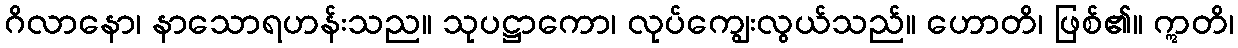
ဂိလာနော၊ နာသောရဟန်းသည။ သုပဋ္ဌာကော၊ လုပ်ကျွေးလွယ်သည်။ ဟောတိ၊ ဖြစ်၏။ ဣတိ၊